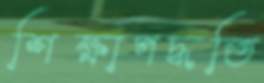
শিক্ষাপদ্ধতি